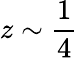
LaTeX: z\sim\frac{1}{4}